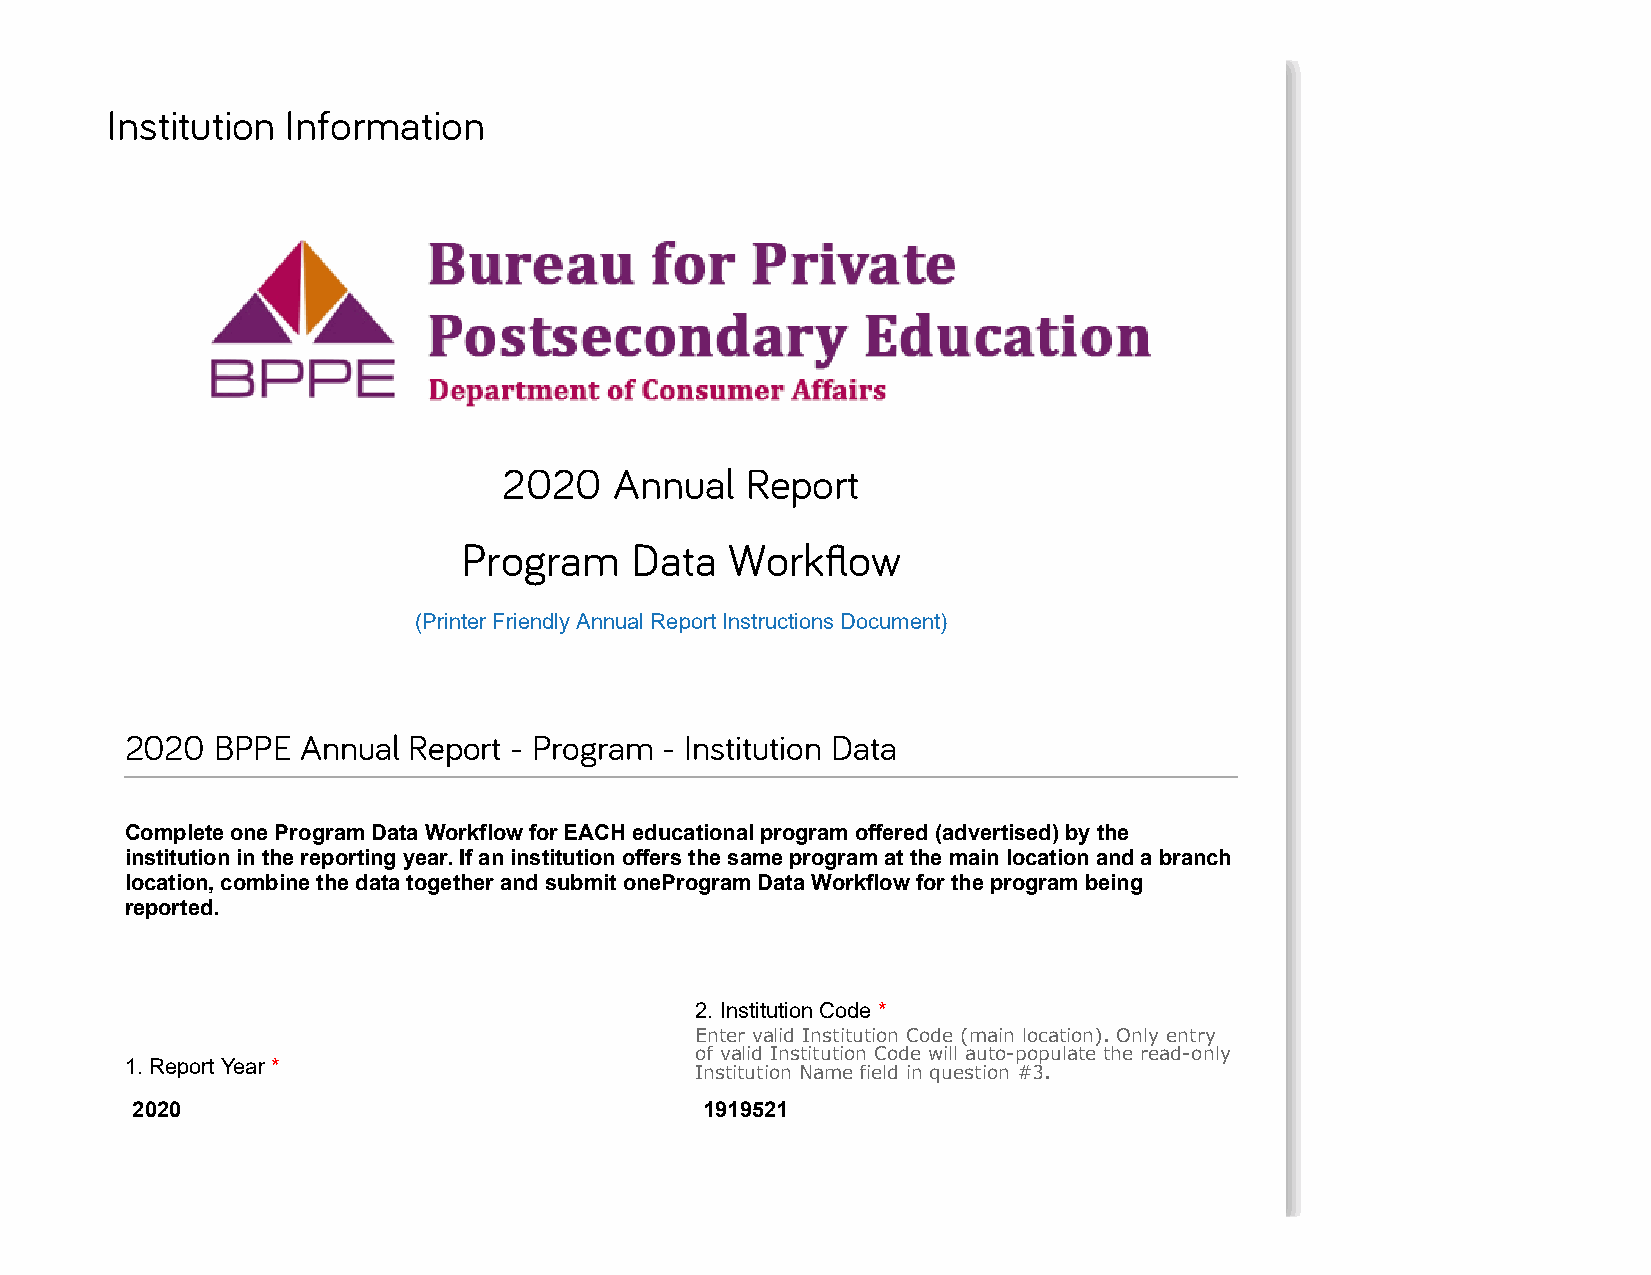
Institution Information
 2020    Annual  Report
 Program     Data  Workflow
 (Printer Friendly Annual Report Instructions Document)
 2020  BPPE  Annual Report - Program - Institution Data
 Complete one Program Data Workflow for EACH educational program offered (advertised) by the
 institution in the reporting year. If an institution offers the same program at the main location and a branch
 location, combine the data together and submit oneProgram Data Workflow for the program being
 reported.
 2. Institution Code *
 Enter valid Institution Code (main location). Only entry
 of valid Institution Code will auto-populate the read-only
 1. Report Year *
 Institution Name field in question #3.
 2020                                  1919521